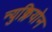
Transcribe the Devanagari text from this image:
न्युक्लियोन